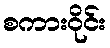
စကားဝိုင်း